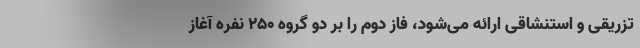
تزریقی و استنشاقی ارائه می‌شود، فاز دوم را بر دو گروه ۲۵۰ نفره آغاز